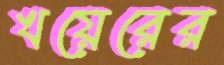
খয়েরের